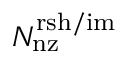
N _ { \mathrm { n z } } ^ { \mathrm { r s h / i m } }